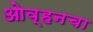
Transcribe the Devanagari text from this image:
ओव्हनचा